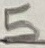
Text: 5